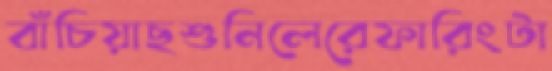
বাঁচিয়াছশুনিলেরেফারিংটা